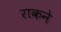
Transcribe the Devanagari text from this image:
राकने